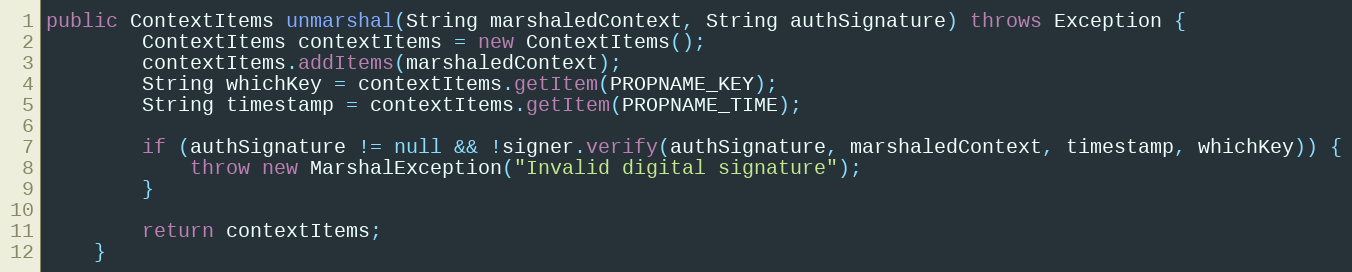
Language: Java
public ContextItems unmarshal(String marshaledContext, String authSignature) throws Exception {
        ContextItems contextItems = new ContextItems();
        contextItems.addItems(marshaledContext);
        String whichKey = contextItems.getItem(PROPNAME_KEY);
        String timestamp = contextItems.getItem(PROPNAME_TIME);

        if (authSignature != null && !signer.verify(authSignature, marshaledContext, timestamp, whichKey)) {
            throw new MarshalException("Invalid digital signature");
        }

        return contextItems;
    }